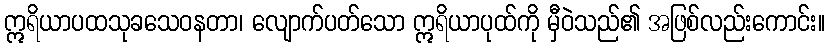
ဣရိယာပထသုခသေဝနတာ၊ လျောက်ပတ်သော ဣရိယာပုထ်ကို မှီဝဲသည်၏ အဖြစ်လည်းကောင်း။